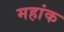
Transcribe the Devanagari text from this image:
महांक